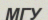
МГУ